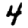
Digit: 4